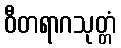
ဝီတရာဂသုတ္တံ